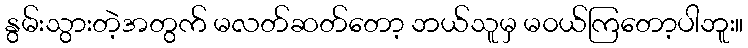
နွမ်းသွားတဲ့အတွက် မလတ်ဆတ်တော့ ဘယ်သူမှ မ၀ယ်ကြတော့ပါဘူး။